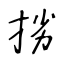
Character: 挘